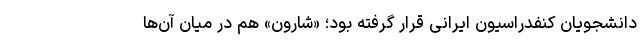
دانشجویان کنفدراسیون ایرانی قرار گرفته بود؛ «شارون» هم در میان‌ آن‌ها